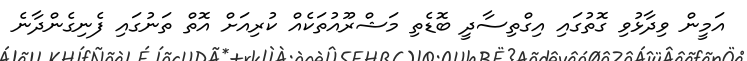
އަމީން ވިދާޅުވި ގޮތުގައި އިގްތިސާދީ ބޮޑެތި މަޝްރޫއުތަކެއް ކުރިއަށް އޮތް ތަނުގައި ފެނިގެންދާނެ